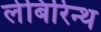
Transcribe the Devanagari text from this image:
लेबिरिन्थ